Civil Veterinary Department. Central Provinces & Berar 1932-41 - 1932-1941
Year: 1932
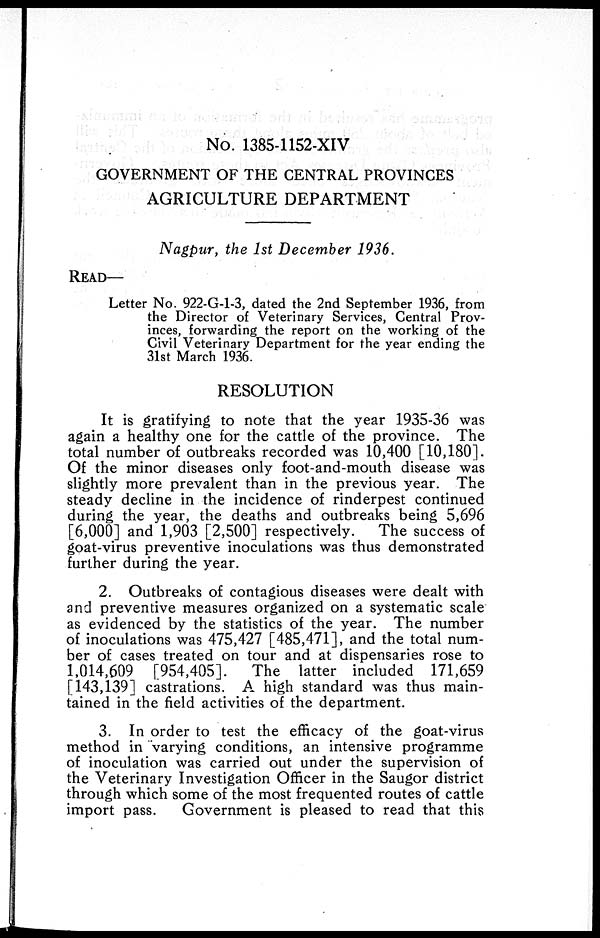
No. 1385-1152-XIV
GOVERNMENT OF THE CENTRAL PROVINCES
AGRICULTURE DEPARTMENT
Nagpur, the 1st December 1936.
READ—
Letter No. 922-G-1-3, dated the 2nd September 1936, from
the Director of Veterinary Services, Central Prov-
inces, forwarding the report on the working of the
Civil Veterinary Department for the year ending the
31st March 1936.
RESOLUTION
It is gratifying to note that the year 1935-36 was
again a healthy one for the cattle of the province. The
total number of outbreaks recorded was 10,400 [10,180].
Of the minor diseases only foot-and-mouth disease was
slightly more prevalent than in the previous year. The
steady decline in the incidence of rinderpest continued
during the year, the deaths and outbreaks being 5,696
[6,000] and 1,903 [2,500] respectively.
The success of
goat-virus preventive inoculations was thus demonstrated
further during the year.
2. Outbreaks of contagious diseases were dealt with
and preventive measures organized on a systematic scale
as evidenced by the statistics of the year. The number
of inoculations was 475,427 [485,471], and the total num-
ber of cases treated on tour and at dispensaries rose to
1,014,609 [954,405]. The latter included 171,659
[143,139] castrations. A high standard was thus main-
tained in the field activities of the department.
3. In order to test the efficacy of the goat-virus
method in varying conditions, an intensive programme
of inoculation was carried out under the supervision of
the Veterinary Investigation Officer in the Saugor district
through which some of the most frequented routes of cattle
import pass.
Government is pleased to read that this